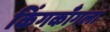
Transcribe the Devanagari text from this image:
किंगकाँगला